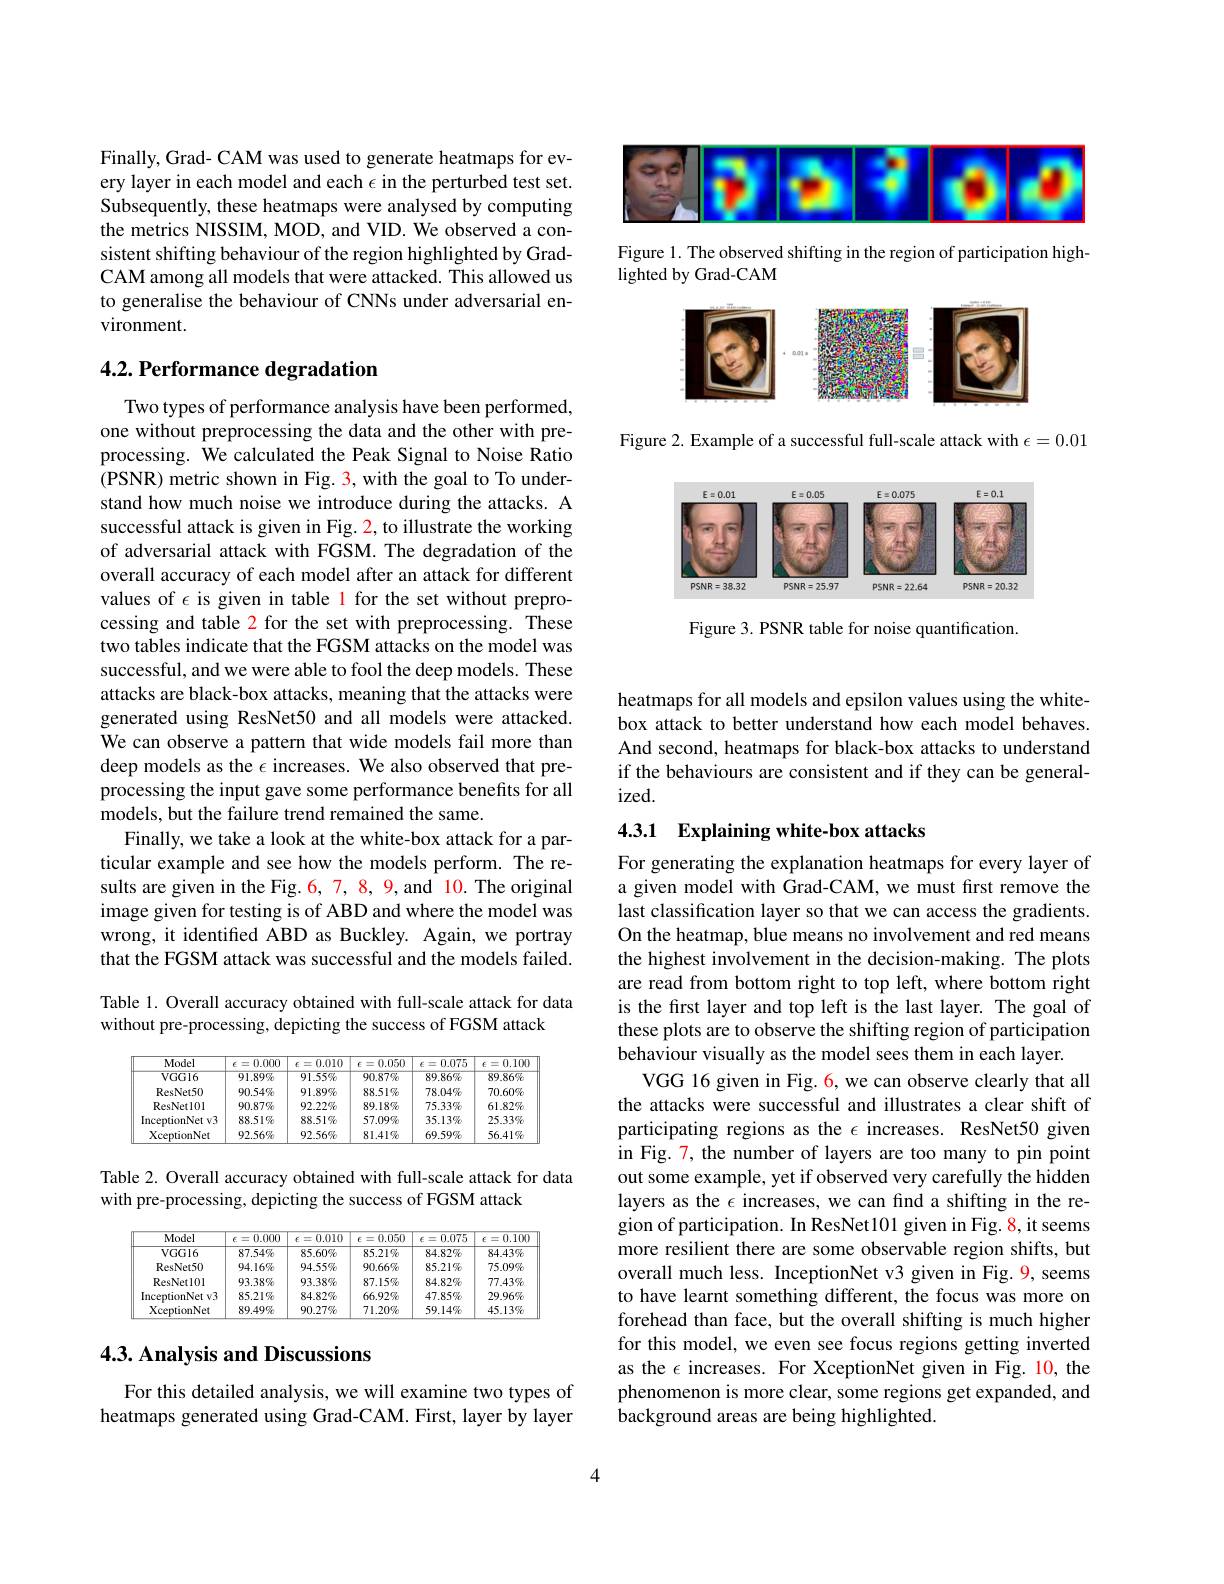
<FigureHere>

Figure 1. The observed shifting in the region of participation high-
lighted by Grad-CAM

<FigureHere>

Figure 2. Example of a successful full-scale attack with $\epsilon=0.01$

<FigureHere>

Figure 3. PSNR table for noise quantification.

Finally, Grad- CAM was used to generate heatmaps for every layer in each model and each $\epsilon$ in the perturbed test set. Subsequently, these heatmaps were analysed by computing the metrics NISSIM, MOD, and VID. We observed a consistent shifting behaviour of the region highlighted by GradCAM among all models that were attacked. This allowed us to generalise the behaviour of CNNs under adversarial environment.

## 4.2. Performance degradation

Two types of performance analysis have been performed, one without preprocessing the data and the other with preprocessing. We calculated the Peak Signal to Noise Ratio (PSNR) metric shown in Fig. 3, with the goal to To understand how much noise we introduce during the attacks. A successful attack is given in Fig. 2, to illustrate the working of adversarial attack with FGSM. The degradation of the overall accuracy of each model after an attack for different values of $\epsilon$ is given in table 1 for the set without preprocessing and table 2 for the set with preprocessing. These two tables indicate that the FGSM attacks on the model was successful, and we were able to fool the deep models. These attacks are black-box attacks, meaning that the attacks were generated using ResNet50 and all models were attacked. We can observe a pattern that wide models fail more than deep models as the $\epsilon$ increases. We also observed that preprocessing the input gave some performance benefits for all models, but the failure trend remained the same.
Finally, we take a look at the white-box attack for a particular example and see how the models perform. The results are given in the Fig. 6, 7, 8, 9, and 10. The original image given for testing is of ABD and where the model was wrong, it identified ABD as Buckley. Again, we portray that the FGSM attack was successful and the models failed. Table 1. Overall accuracy obtained with full-scale attack for data

without pre-processing, depicting the success of FGSM attack

<table>
	<tbody>
		<tr>
			<th>Model</th>
			<th>0.000 $t=$</th>
			<th>0.010 $t=$</th>
			<th>0.050 $t=$</th>
			<th>0.075 $\epsilon=$</th>
			<th>= 0.10 $\epsilon$</th>
		</tr>
		<tr>
			<td>VGGl6</td>
			<td>91.89吸</td>
			<td>91.55%</td>
			<td>90.87呢</td>
			<td>89.86%</td>
			<td>89.86%</td>
		</tr>
		<tr>
			<td>ResNet50</td>
			<td>90.54%</td>
			<td>91.89%</td>
			<td>88.5190</td>
			<td>$78.04\%$</td>
			<td>$70.60\%$</td>
		</tr>
		<tr>
			<td>ResNet10I</td>
			<td>90.87%</td>
			<td>$92.22\%$</td>
			<td>89.18%</td>
			<td>75.33%</td>
			<td>61.82%</td>
		</tr>
		<tr>
			<td>InceptionNet v3</td>
			<td>88.51%</td>
			<td>88.51%</td>
			<td>$57.09\%$</td>
			<td>35.13呢</td>
			<td>$25.33\%$</td>
		</tr>
		<tr>
			<td>XceptionNet</td>
			<td>$92.56\%$</td>
			<td>92.56%</td>
			<td>81.41%</td>
			<td>69.597</td>
			<td>56.41%</td>
		</tr>
	</tbody>
</table>

Table 2. Overall accuracy obtained with full-scale attack for data
with pre-processing, depicting the success of FGSM attack

<table>
	<tbody>
		<tr>
			<th>Model</th>
			<th>0.000 $t=$</th>
			<th>0.010 $\epsilon=$</th>
			<th>0.050 $t=$</th>
			<th>0.075 $\epsilon=$</th>
			<th>0.10 = $\epsilon$ 3 </th>
		</tr>
		<tr>
			<td>VGGl6</td>
			<td>87.54%</td>
			<td>85.60%</td>
			<td>85.2190</td>
			<td>$84.82\%$</td>
			<td>$84.43\%$</td>
		</tr>
		<tr>
			<td>ResNet50</td>
			<td>94.16%</td>
			<td>$94.55\%$</td>
			<td>90.66%</td>
			<td>85.21呢</td>
			<td>75.09%</td>
		</tr>
		<tr>
			<td>ResNet10I</td>
			<td>93.38%</td>
			<td>$93.38\%$</td>
			<td>87.15%</td>
			<td>$84.82\%$</td>
			<td>$77.43\%$</td>
		</tr>
		<tr>
			<td>InceptionNet v3</td>
			<td>85.21 呢</td>
			<td>$84.82\%$</td>
			<td>66.92%</td>
			<td>$47.85\%$</td>
			<td>$29.96\%$</td>
		</tr>
		<tr>
			<td>XceptionNet</td>
			<td>89.4999</td>
			<td>$90.27\%$</td>
			<td>$71.20\%$</td>
			<td>$59.14\%$</td>
			<td>$45.13\%$</td>
		</tr>
	</tbody>
</table>

## 4.3. Analysis and Discussions

For this detailed analysis, we will examine two types of heatmaps generated using Grad-CAM. First, layer by layer

heatmaps for all models and epsilon values using the whitebox attack to better understand how each model behaves. And second, heatmaps for black-box attacks to understand if the behaviours are consistent and if they can be general- $ized.$

## 4.3.1 Explaining white-box attacks

For generating the explanation heatmaps for every layer of a given model with Grad-CAM, we must first remove the last classification layer so that we can access the gradients. On the heatmap, blue means no involvement and red means the highest involvement in the decision-making. The plots are read from bottom right to top left, where bottom right is the first layer and top left is the last layer. The goal of these plots are to observe the shifting region of participation behaviour visually as the model sees them in each layer.
VGG 16 given in Fig. 6, we can observe clearly that all the attacks were successful and illustrates a clear shift of participating regions as the $\epsilon$ increases. ResNet50 given in Fig. 7, the number of layers are too many to pin point out some example, yet if observed very carefully the hidden layers as the $\epsilon$ increases, we can find a shifting in the region of participation. In ResNet101 given in Fig. 8, it seems more resilient there are some observable region shifts, but overall much less. InceptionNet v3 given in Fig. 9, seems to have learnt something different, the focus was more on forehead than face, but the overall shifting is much higher for this model, we even see focus regions getting inverted as the $\epsilon$ increases. For XceptionNet given in Fig. 10, the phenomenon is more clear, some regions get expanded, and background areas are being highlighted.

4